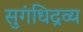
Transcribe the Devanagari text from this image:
सुगंधिद्रव्य